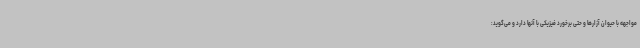
مواجهه با حیوان آزارها و حتی برخورد فیزیکی با آنها دارد و می‌گوید: